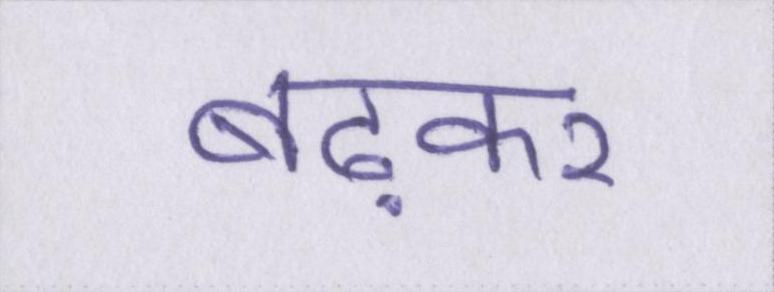
बढ़कर